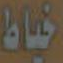
خياط